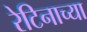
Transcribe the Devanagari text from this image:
रेटिनाच्या